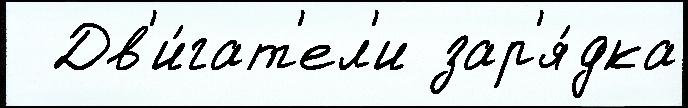
  Дв'и́гат'ел'и зар'я́дка